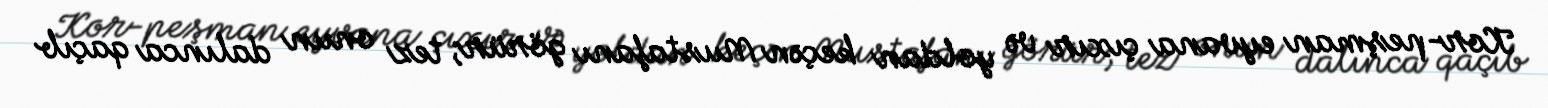
Kor-peşman eyvana çıxır və yoldan keçən Mustafanı görür; tez onun dalınca qaçıb